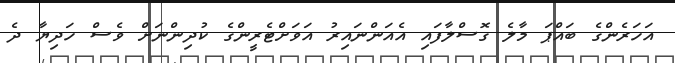
އަހަރެންގެ ބައްޕަ މާލެ ގޮސްލާފައި އެއަންނައިރު އަވަށްޓެރީންގެ ކުދިންނަށް ވެސް ހަދިޔާ ދެ